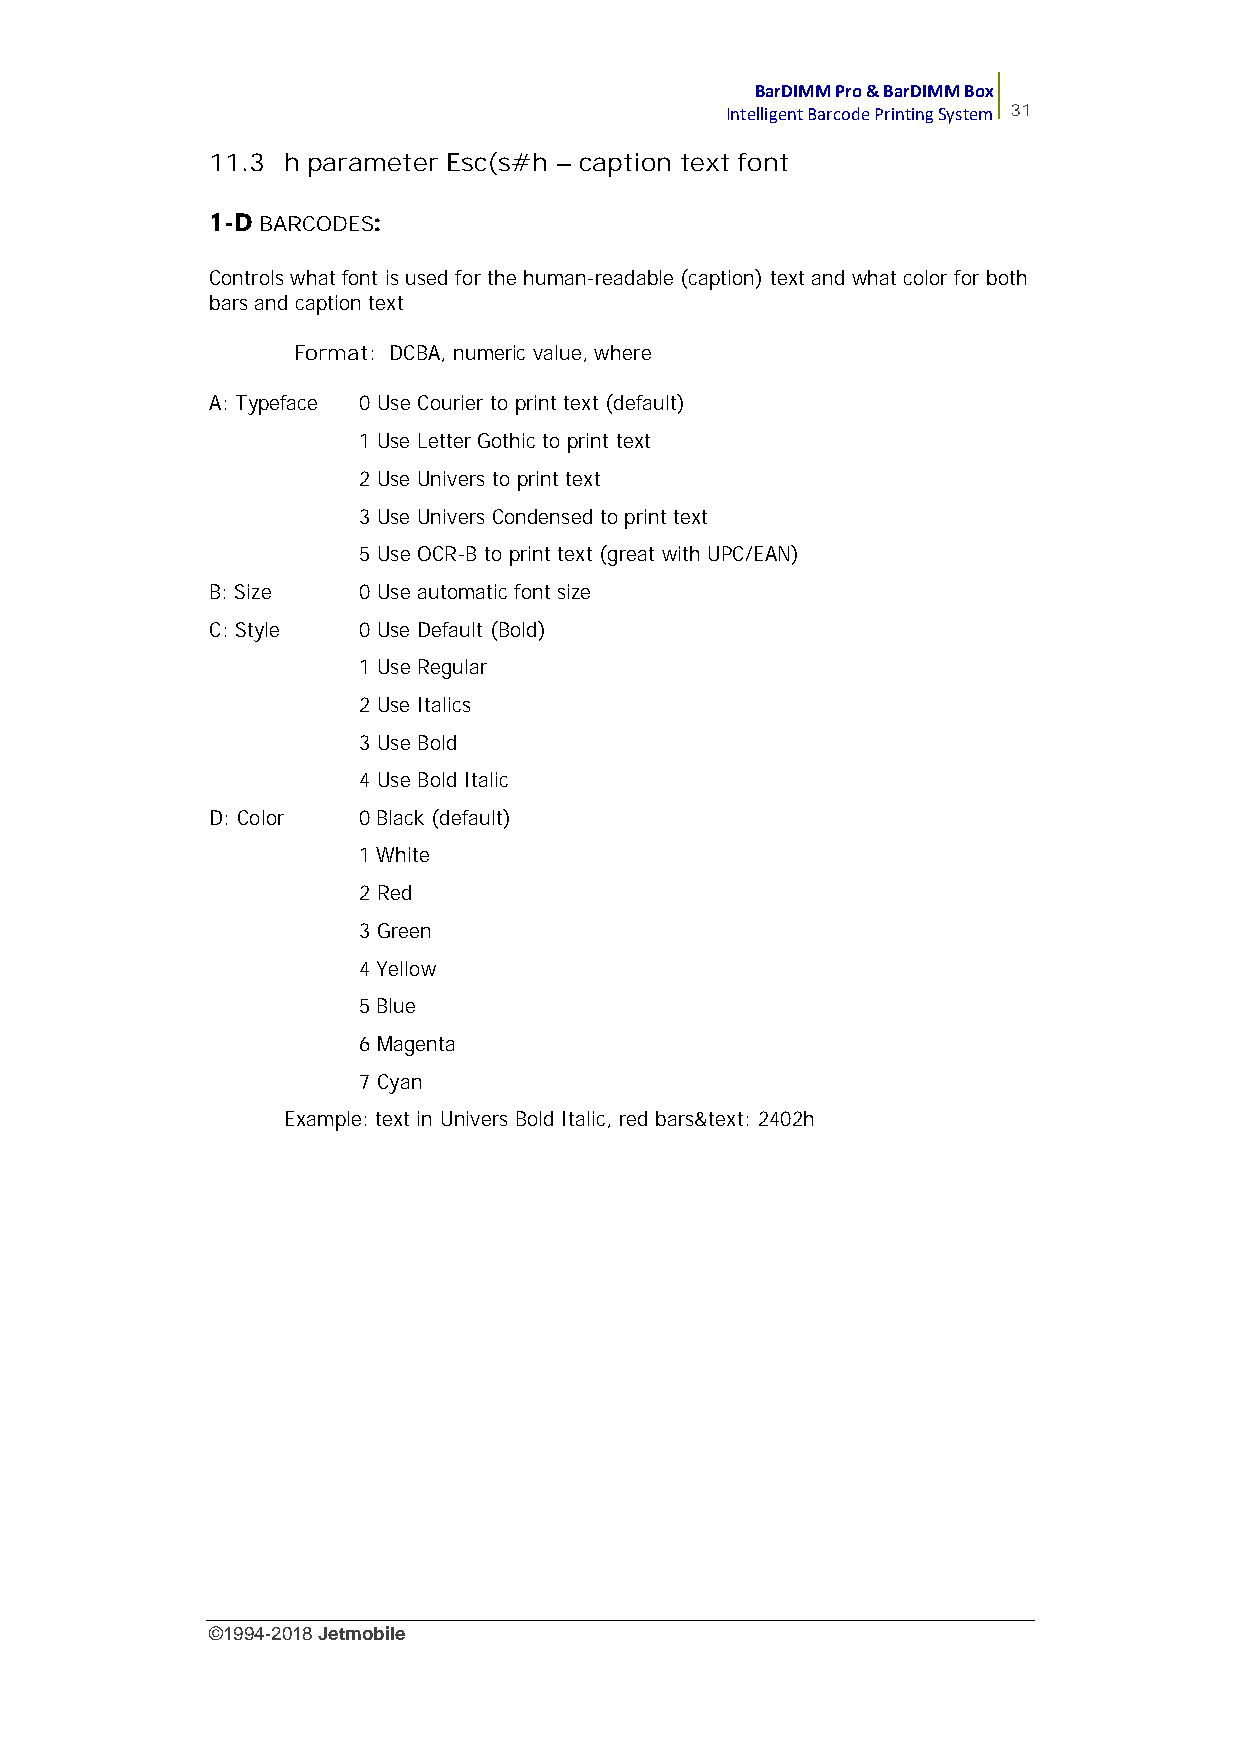
BarDIMM Pro & BarDIMM Box
 Intelligent Barcode Printing System 31
 11.3 h parameter Esc(s#h – caption text font
 1-D BARCODES:
 Controls what font is used for the human-readable (caption) text and what color for both
 bars and caption text
 Format: DCBA, numeric value, where
 A: Typeface 0 Use Courier to print text (default)
 1 Use Letter Gothic to print text
 2 Use Univers to print text
 3 Use Univers Condensed to print text
 5 Use OCR-B to print text (great with UPC/EAN)
 B: Size   0 Use automatic font size
 C: Style  0 Use Default (Bold)
 1 Use Regular
 2 Use Italics
 3 Use Bold
 4 Use Bold Italic
 D: Color  0 Black (default)
 1 White
 2 Red
 3 Green
 4 Yellow
 5 Blue
 6 Magenta
 7 Cyan
 Example: text in Univers Bold Italic, red bars&text: 2402h
 ©1994-2018Jetmobile
 E
 r
 r
 o